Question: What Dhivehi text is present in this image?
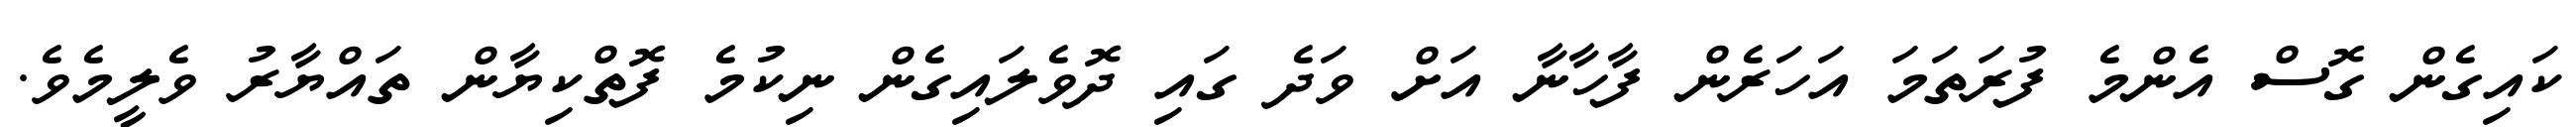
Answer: ކައިގެން ގޮސް އެންމެ ފުރަތަމަ އަހަރެން ފާހާނާ އަށް ވަދެ ގައި ދޮވެލައިގެން ނިކުމެ ފޮތްކިޔާން ތައްޔާރު ވެލީމެވެ.